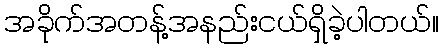
အခိုက်အတန့်အနည်းငယ်ရှိခဲ့ပါတယ်။